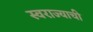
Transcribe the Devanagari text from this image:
स्‍वराज्याची